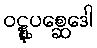
ဝဋ္ဋုပစ္ဆေဒေါ